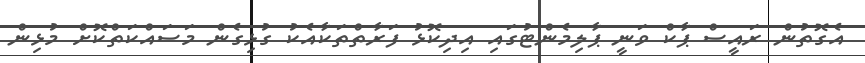
އެގޮތުން ރައީސް ޕާކް ވަނީ ޕާލިމެންޓުގައި އިދިކޮޅު ފަރާތްތަކާއެކު ގުޅިގެން މަސައްކަތްކޮށް މުޅިން